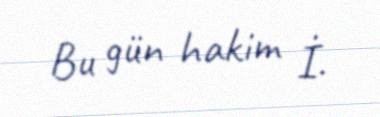
Bu gün hakim İ.